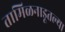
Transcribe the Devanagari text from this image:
तामिळनाडूतल्या